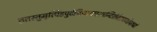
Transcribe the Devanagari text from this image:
ततस्तुमृत्पिंडपुटेनिधायपश्यन्दिशंप्रेतगणोपरुढां